Civil Veterinary Dept. Assam report 1927-50 - 1927-1950
Year: 1927
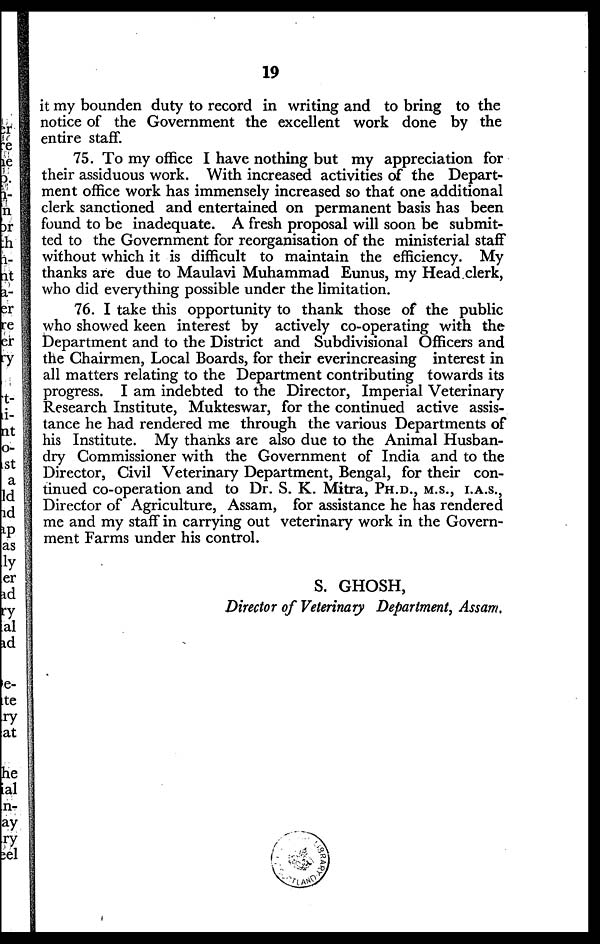
19
it my bounden duty to record in writing and to bring to the
notice of the Government the excellent work done by the
entire staff.
75. To my office I have nothing but my appreciation for
their assiduous work. With increased activities of the Depart-
ment office work has immensely increased so that one additional
clerk sanctioned and entertained on permanent basis has been
found to be inadequate. A fresh proposal will soon be submit-
ted to the Government for reorganisation of the ministerial staff
without which it is difficult to maintain the efficiency. My
thanks are due to Maulavi Muhammad Eunus, my Head clerk,
who did everything possible under the limitation.
76. I take this opportunity to thank those of the public
who showed keen interest by actively co-operating with the
Department and to the District and Subdivisional Officers and
the Chairmen, Local Boards, for their everincreasing interest in
all matters relating to the Department contributing towards its
progress. I am indebted to the Director, Imperial Veterinary
Research Institute, Mukteswar, for the continued active assis-
tance he had rendered me through the various Departments of
his Institute. My thanks are also due to the Animal Husban-
dry Commissioner with the Government of India and to the
Director, Civil Veterinary Department, Bengal, for their con-
tinued co-operation and to Dr. S. K. Mitra, PH.D., M.S., I.A.S.,
Director of Agriculture, Assam, for assistance he has rendered
me and my staff in carrying out veterinary work in the Govern-
ment Farms under his control.
S. GHOSH,
Director of Veterinary Department, Assam.